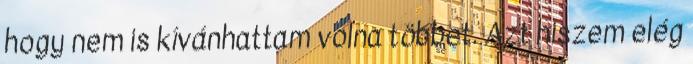
hogy nem is kívánhattam volna többet. Azt hiszem elég